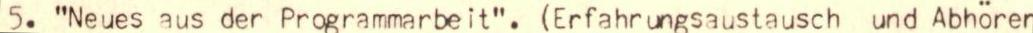
5. "Neues aus der Programmarbeit".(Erfahrungsaustausch und Abhören